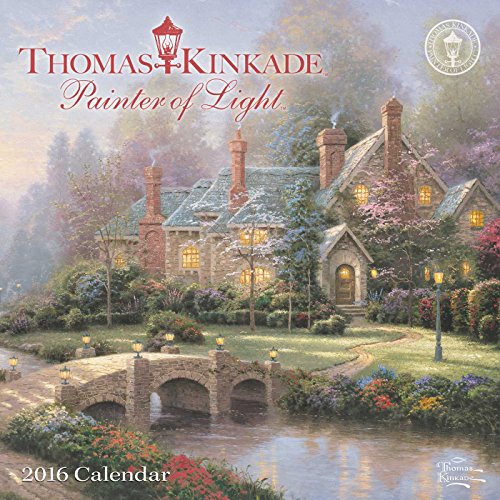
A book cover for Thomas Kinkade Painter of Light 2016 Mini Wall Calendar; Thomas Kinkade; Arts & Photography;